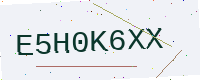
Text: E5H0K6XX